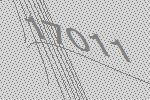
17011